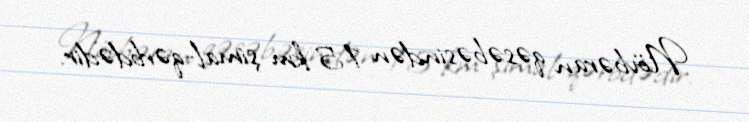
Növbəran qəsəbəsindən 15 km şimal-qərbdədir.